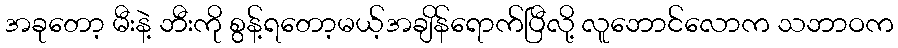
အခုတော့ မီးနဲ့ ဘီးကို စွန့်ရတော့မယ့်အချိန်ရောက်ပြီလို့ လူဘောင်လောက သဘာဝက